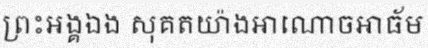
ព្រះអង្គឯង សុគតយ៉ាងអាណោចអាធ័ម